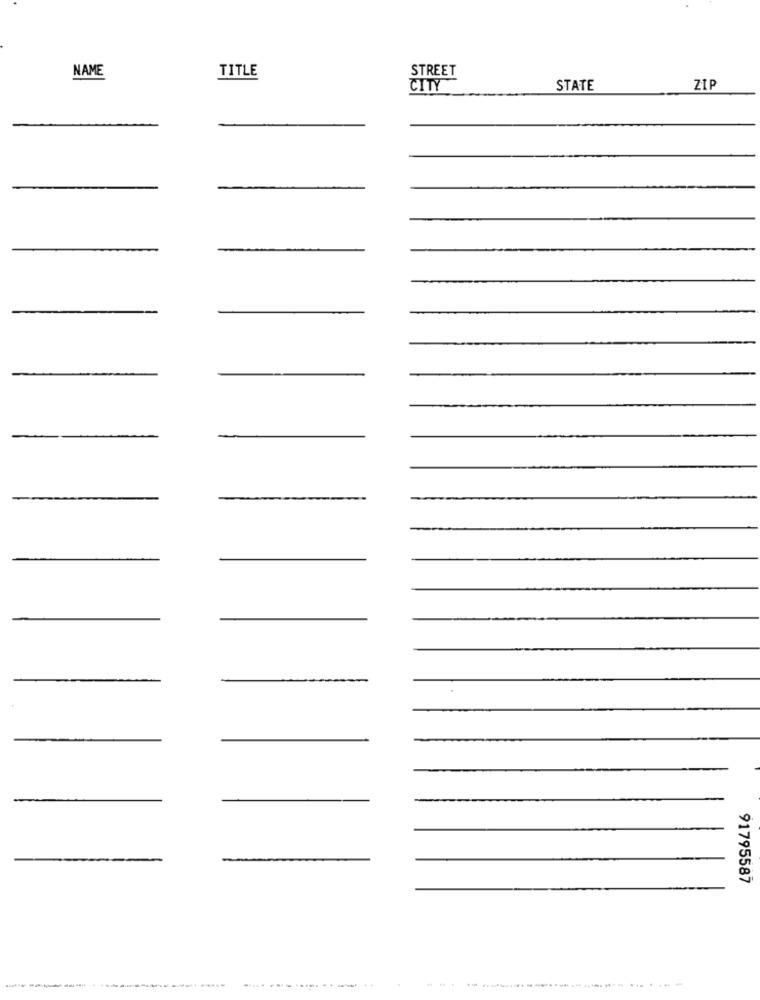
NAME
STREET
TITLE
CITY
STATE
ZIP
91795587